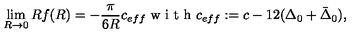
\lim _ { R \rightarrow 0 } R f ( R ) = - \frac { \pi } { 6 R } c _ { e f f } \textnormal { w i t h } c _ { e f f } : = c - 1 2 ( \Delta _ { 0 } + \bar { \Delta } _ { 0 } ) ,